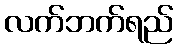
လက်ဘက်ရည်